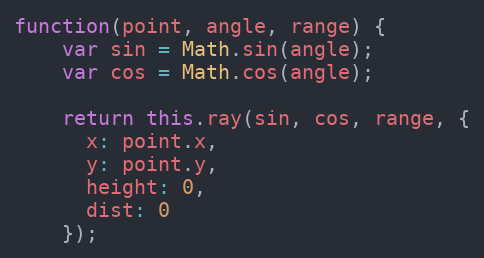
Language: JavaScript
function(point, angle, range) {
    var sin = Math.sin(angle);
    var cos = Math.cos(angle);

    return this.ray(sin, cos, range, {
      x: point.x,
      y: point.y,
      height: 0,
      dist: 0
    });